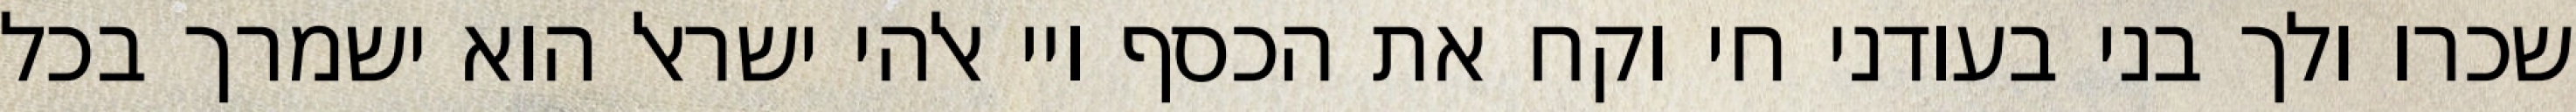
שכרו ולך בני בעודני חי וקח את הכסף ויי אלהי ישראל הוא ישמרך בכל